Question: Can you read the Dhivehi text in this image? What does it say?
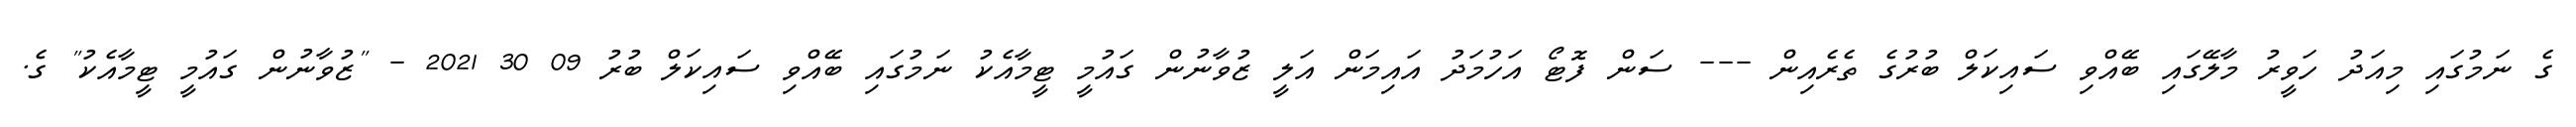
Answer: ގެ ނަމުގައި މިއަދު ހަވީރު މާލޭގައި ބޭއްވި ސައިކަލް ބުރުގެ ތެރެއިން --- ސަން ފޮޓޯ އަހުމަދު އައިމަން އަލީ ޒުވާނުން ގައުމީ ޓީމާއެކު ނަމުގައި ބޭއްވި ސައިކަލް ބުރު 09 30 2021 - "ޒުވާނުން ގައުމީ ޓީމާއެކު" ގެ.